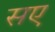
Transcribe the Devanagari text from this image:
सए